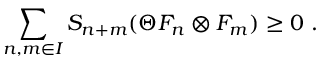
\sum _ { n , m \in { \cal I } } S _ { n + m } ( \Theta F _ { n } \otimes F _ { m } ) \geq 0 \ .